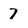
Character: 7